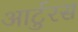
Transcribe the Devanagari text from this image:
आर्टुरस